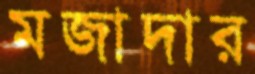
মজাদার